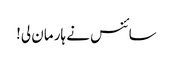
سائنس نے ہار مان لی!